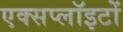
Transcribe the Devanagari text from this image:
एक्सप्लॉइटों